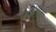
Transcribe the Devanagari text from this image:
सर्जरीज